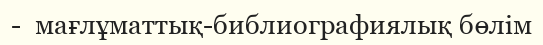
-  мағлұматтық-библиографиялық бөлім